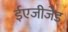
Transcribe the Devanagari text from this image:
ईएजीजेड